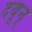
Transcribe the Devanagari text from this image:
दवून्